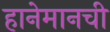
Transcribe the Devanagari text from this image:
हानेमानची